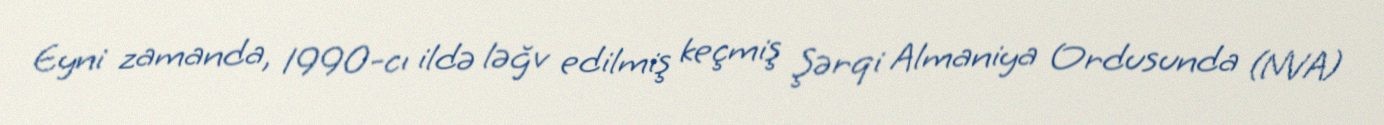
Eyni zamanda, 1990-cı ildə ləğv edilmiş keçmiş Şərqi Almaniya Ordusunda (NVA)